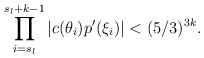
\begin{align*}\prod \limits^{s_l + k-1}_{i = s_l} |c(\theta_i)p'(\xi_i)| < (5/3)^{3k}.\end{align*}